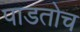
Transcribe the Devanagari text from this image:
पाडतोच